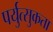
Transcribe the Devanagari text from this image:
पर्युत्सुकता